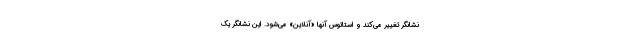
نشانگر تغییر می‌کند و استاتوس آنها «آنلاین» می‌شود. این نشانگر یک